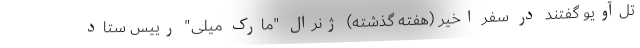
تل‌آویو گفتند در سفر اخیر (هفته گذشته) ژنرال "مارک میلی" رییس ستاد